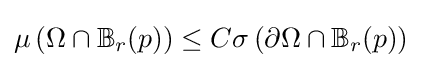
\mu \left(\Omega \cap \mathbb {B} _{r}(p)\right)\leq C\sigma \left(\partial \Omega \cap \mathbb {B} _{r}(p)\right)